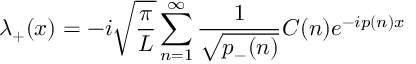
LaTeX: \lambda _ { + } ( x ) = - i \sqrt { { \frac { \pi } { L } } } \sum _ { n = 1 } ^ { \infty } { \frac { 1 } { \sqrt { p _ { - } ( n ) } } } C ( n ) e ^ { - i p ( n ) x }